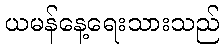
ယမန်နေ့ရေးသားသည်